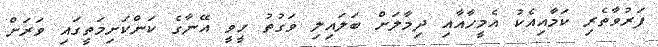
ފަރުވާތެރި ކަމާއިއެކު އެމީހާއާއި ދިމާލަށް ބަލައިލި ވަގުތު ހީވީ އޭނާގެ ކަންކަށިމަތީގައި ވަރަށް